Plague in India, 1896, 1897 - Volume 3
Year: 1896
Disease focus: Plague
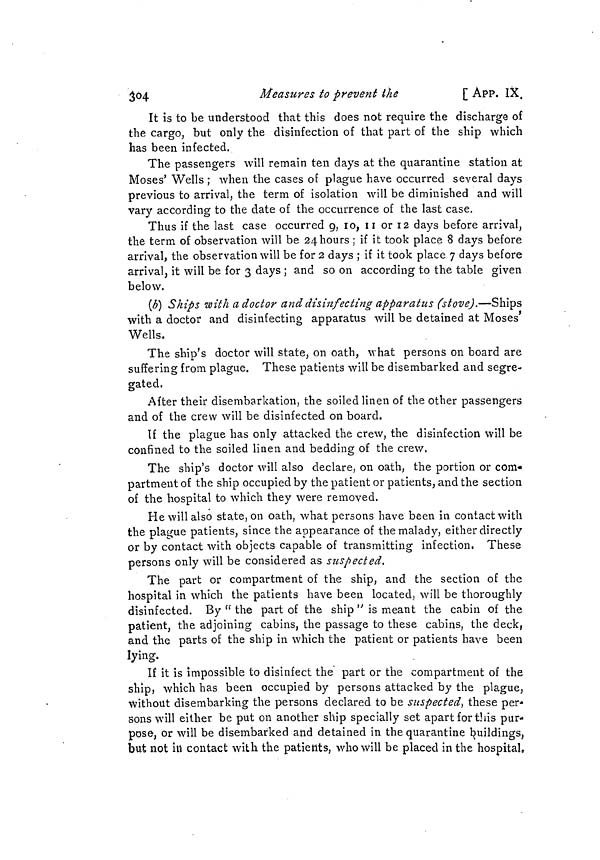
304
Measures to prevent the
[ APP. IX.
It is to be understood that this does not require the discharge of
the cargo, but only the disinfection of that part of the ship which
has been infected.
The passengers will remain ten days at the quarantine station at
Moses' Wells ; when the cases of plague have occurred several days
previous to arrival, the term of isolation will be diminished and will
vary according to the date of the occurrence of the last case.
Thus if the last case occurred 9, 10, 11 or 12 days before arrival,
the term of observation will be 24hours ; if it took place 8 days before
arrival, the observation will be for 2 days ; if it took place 7 days before
arrival, it will be for 3 days ; and so on according to the table given
below.
(b) Ships with a doctor and disinfecting apparatus (stove).—Ships
with a doctor and disinfecting apparatus will be detained at Moses'
Wells.
The ship's doctor will state, on oath, what persons on board are
suffering from plague. These patients will be disembarked and segre-
gated.
After their disembarkation, the soiled linen of the other passengers
and of the crew will be disinfected on board.
If the plague has only attacked the crew, the disinfection will be
confined to the soiled linen and bedding of the crew.
The ship's doctor will also declare, on oath, the portion or com-
partment of the ship occupied by the patient or patients, and the section
of the hospital to which they were removed.
He will also state, on oath, what persons have been in contact with
the plague patients, since the appearance of the malady either directly
or by contact with objects capable of transmitting infection. These
persons only will be considered as suspected.
The part or compartment of the ship, and the section of the
hospital in which the patients have been located, will be thoroughly
disinfected. By "the part of the ship" is meant the cabin of the
patient, the adjoining cabins, the passage to these cabins, the deck,
and the parts of the ship in which the patient or patients have been
lying.
If it is impossible to disinfect the part or the compartment of the
ship, which has been occupied by persons attacked by the plague,
Without disembarking the persons declared to be suspected, these per-
sons will either be put on another ship specially set apart for this pur-
pose, or will be disembarked and detained in the quarantine buildings,
but not ill contact with the patients, who will be placed in the hospital.